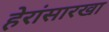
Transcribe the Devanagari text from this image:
हेरांसारखा